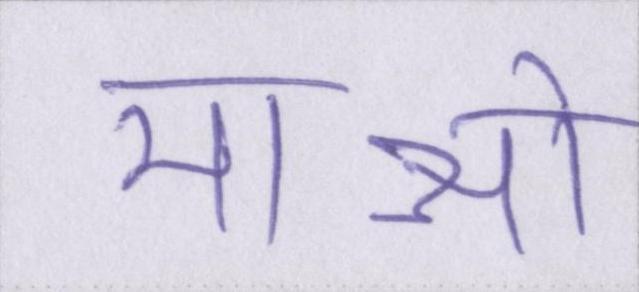
माओ